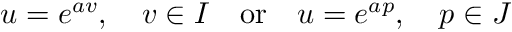
u = e ^ { a v } , \quad v \in I \quad { \mathrm { o r } } \quad u = e ^ { a p } , \quad p \in J